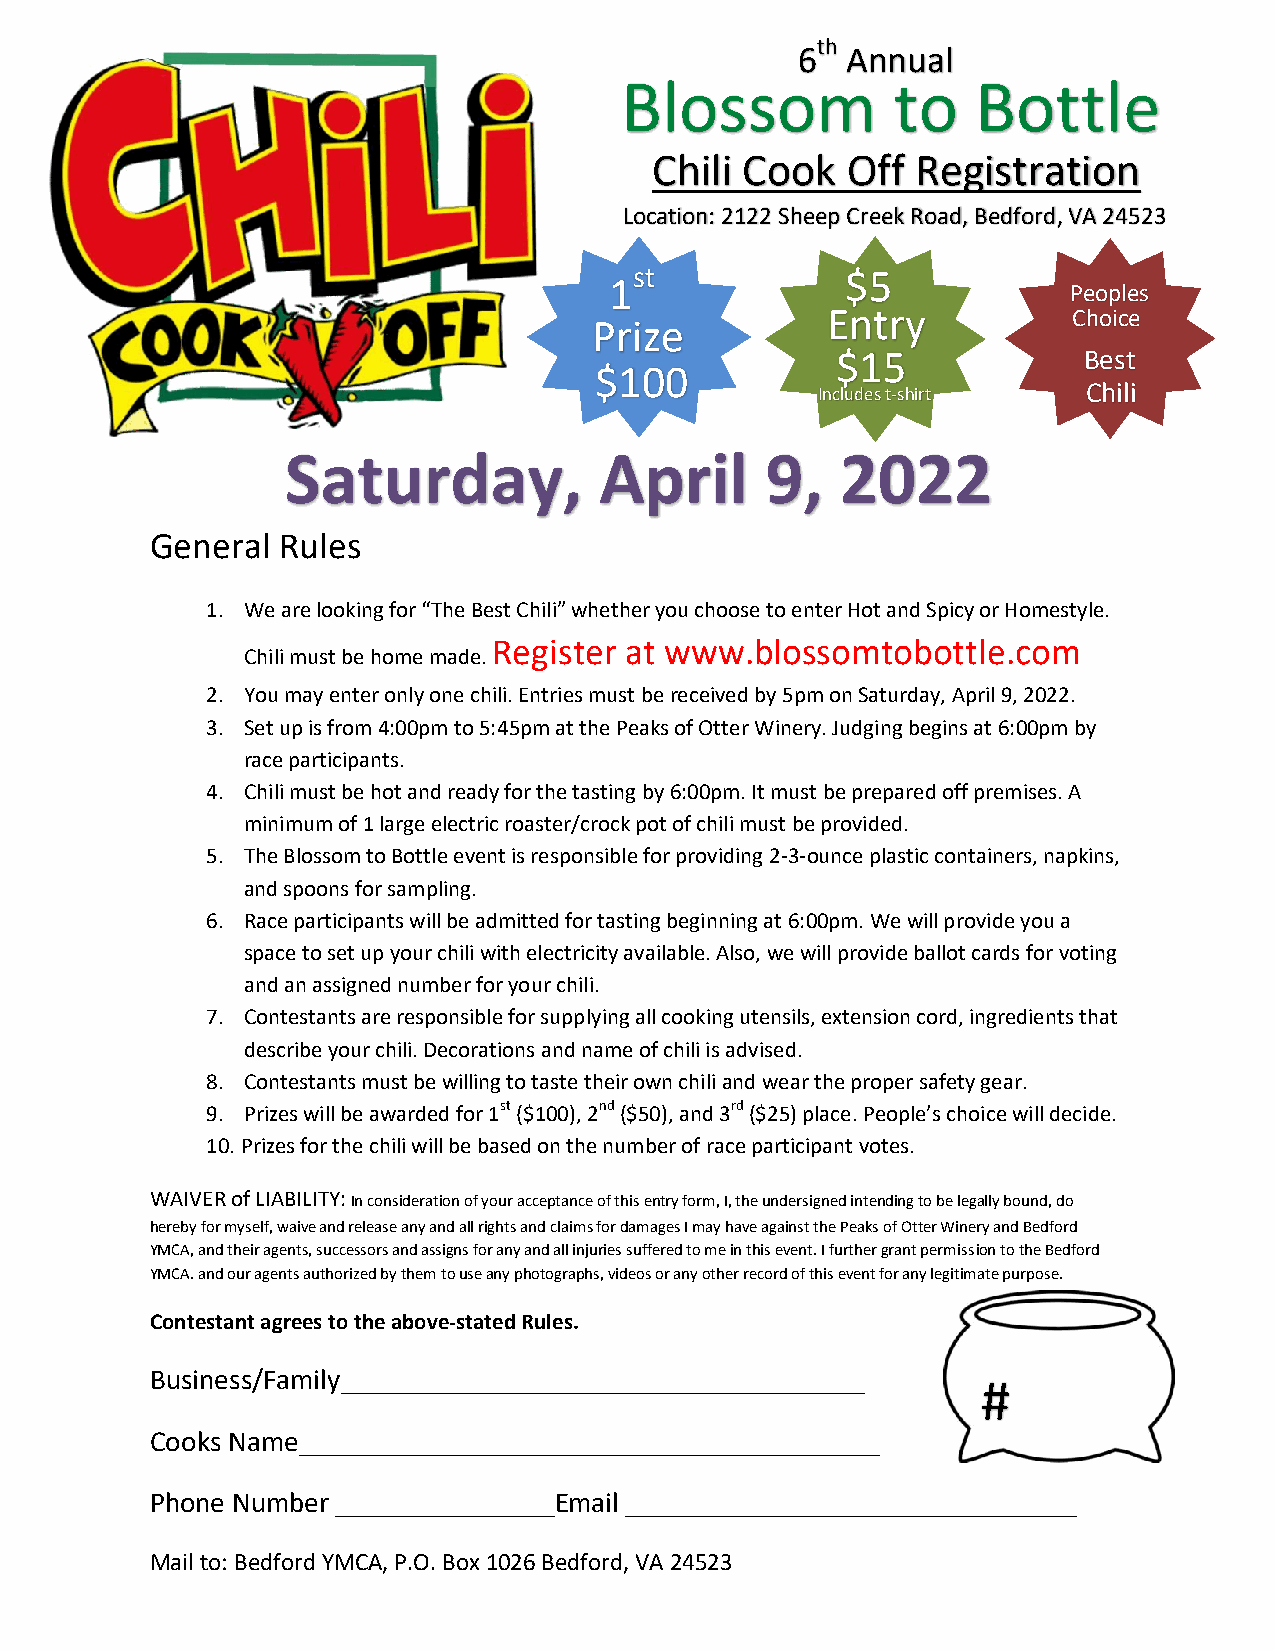
th
 6  Annual
 Blossom           to    Bottle
 Chili Cook   Off  Registration
 Location: 2122 Sheep Creek Road, Bedford, VA 24523
 1st             $5
 Peoples
 Entry           Choice
 Pri ze
 $15              Best
 $ 100
 In cludes t-shirt Chili
 Saturday,            April      9,   2022
 General Rules
 1. We are looking for “The Best Chili” whether you choose to enter Hot and Spicy or Homestyle.
 Register at www.blossomtobottle.com
 Chili must be home made.
 2. You may enter only one chili. Entries must be received by 5pm on Saturday, April 9, 2022.
 3. Set up is from 4:00pm to 5:45pm at the Peaks of Otter Winery. Judging begins at 6:00pm by
 race participants.
 4. Chili must be hot and ready for the tasting by 6:00pm. It must be prepared off premises. A
 minimum of 1 large electric roaster/crock pot of chili must be provided.
 5. The Blossom to Bottle event is responsible for providing 2-3-ounce plastic containers, napkins,
 and spoons for sampling.
 6. Race participants will be admitted for tasting beginning at 6:00pm. We will provide you a
 space to set up your chili with electricity available. Also, we will provide ballot cards for voting
 and an assigned number for your chili.
 7. Contestants are responsible for supplying all cooking utensils, extension cord, ingredients that
 describe your chili. Decorations and name of chili is advised.
 8. Contestants must be willing to taste their own chili and wear the proper safety gear.
 9. Prizes will be awarded for 1st ($100), 2nd ($50), and 3rd ($25) place. People’s choice will decide.
 10. Prizes for the chili will be based on the number of race participant votes.
 WAIVER of LIABILITY: In consideration of your acceptance of this entry form, I, the undersigned intending to be legally bound, do
 hereby for myself, waive and release any and all rights and claims for damages I may have against the Peaks of Otter Winery and Bedford
 YMCA, and their agents, successors and assigns for any and all injuries suffered to me in this event. I further grant permission to the Bedford
 YMCA. and our agents authorized by them to use any photographs, videos or any other record of this event for any legitimate purpose.
 Contestant agrees to the above-stated Rules.             Contestant
 Business/Family____________________________________
 #
 Cooks Name________________________________________
 Phone Number _______________Email _______________________________
 Mail to: Bedford YMCA, P.O. Box 1026 Bedford, VA 24523